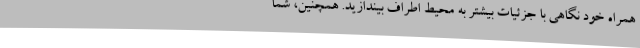
همراه خود نگاهی با جزئیات بیشتر به محیط اطراف بیندازید. همچنین، شما